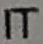
IT